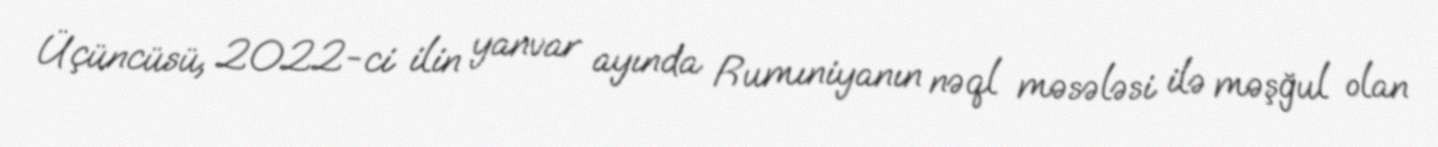
Üçüncüsü, 2022-ci ilin yanvar ayında Rumıniyanın nəql məsələsi ilə məşğul olan